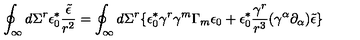
\oint _ { \infty } d \Sigma ^ { r } \epsilon _ { 0 } ^ { \ast } \frac { \tilde { \epsilon } } { r ^ { 2 } } = \oint _ { \infty } d \Sigma ^ { r } \lbrace \epsilon _ { 0 } ^ { \ast } \gamma ^ { r } \gamma ^ { m } \Gamma _ { m } \epsilon _ { 0 } + \epsilon _ { 0 } ^ { \ast } \frac { \gamma ^ { r } } { r ^ { 3 } } ( \gamma ^ { \alpha } \partial _ { \alpha } ) \tilde { \epsilon } \rbrace